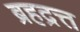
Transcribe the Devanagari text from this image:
ब्रहद्रत्त